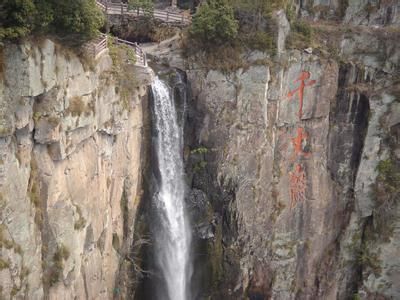
东岩富松竹，岁暮幸同归。